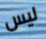
ليس